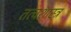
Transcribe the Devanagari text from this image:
तत्वशास्त्र